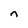
Character: n